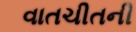
વાતચીતની